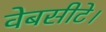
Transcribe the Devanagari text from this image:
वेबसीटे।